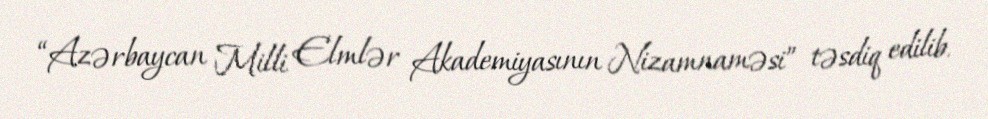
“Azərbaycan Milli Elmlər Akademiyasının Nizamnaməsi” təsdiq edilib.